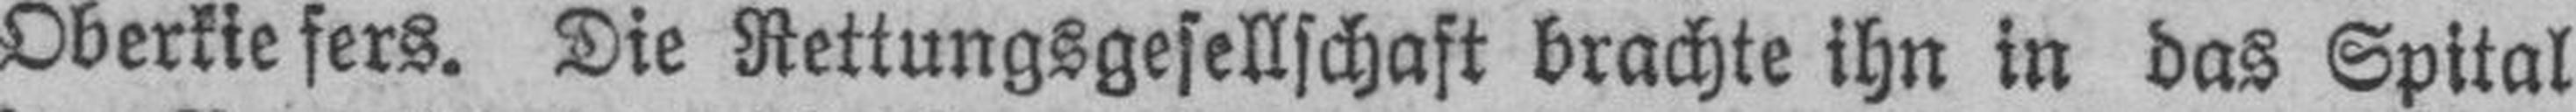
Oberkiefers. Die Rettungsgesellschaft brachte ihn in das Spital